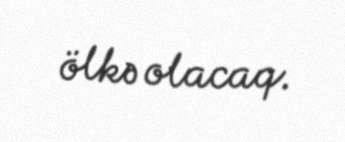
ölkə olacaq.